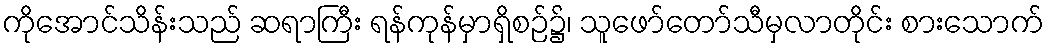
ကိုအောင်သိန်းသည် ဆရာကြီး ရန်ကုန်မှာရှိစဉ်၌၊ သူဖော်တော်သီမှလာတိုင်း စားသောက်